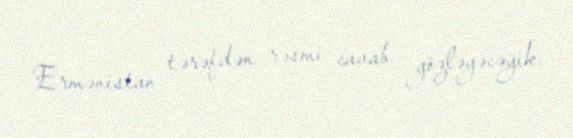
Ermənistan tərəfdən rəsmi cavab gözləyəcəyik.